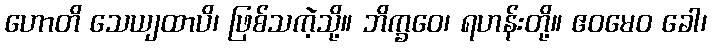
ဟောတိ သေယျထာပိ၊ ဖြစ်သကဲ့သို့။ ဘိက္ခဝေ၊ ရဟန်းတို့။ ဧဝမေဝ ခေါ၊